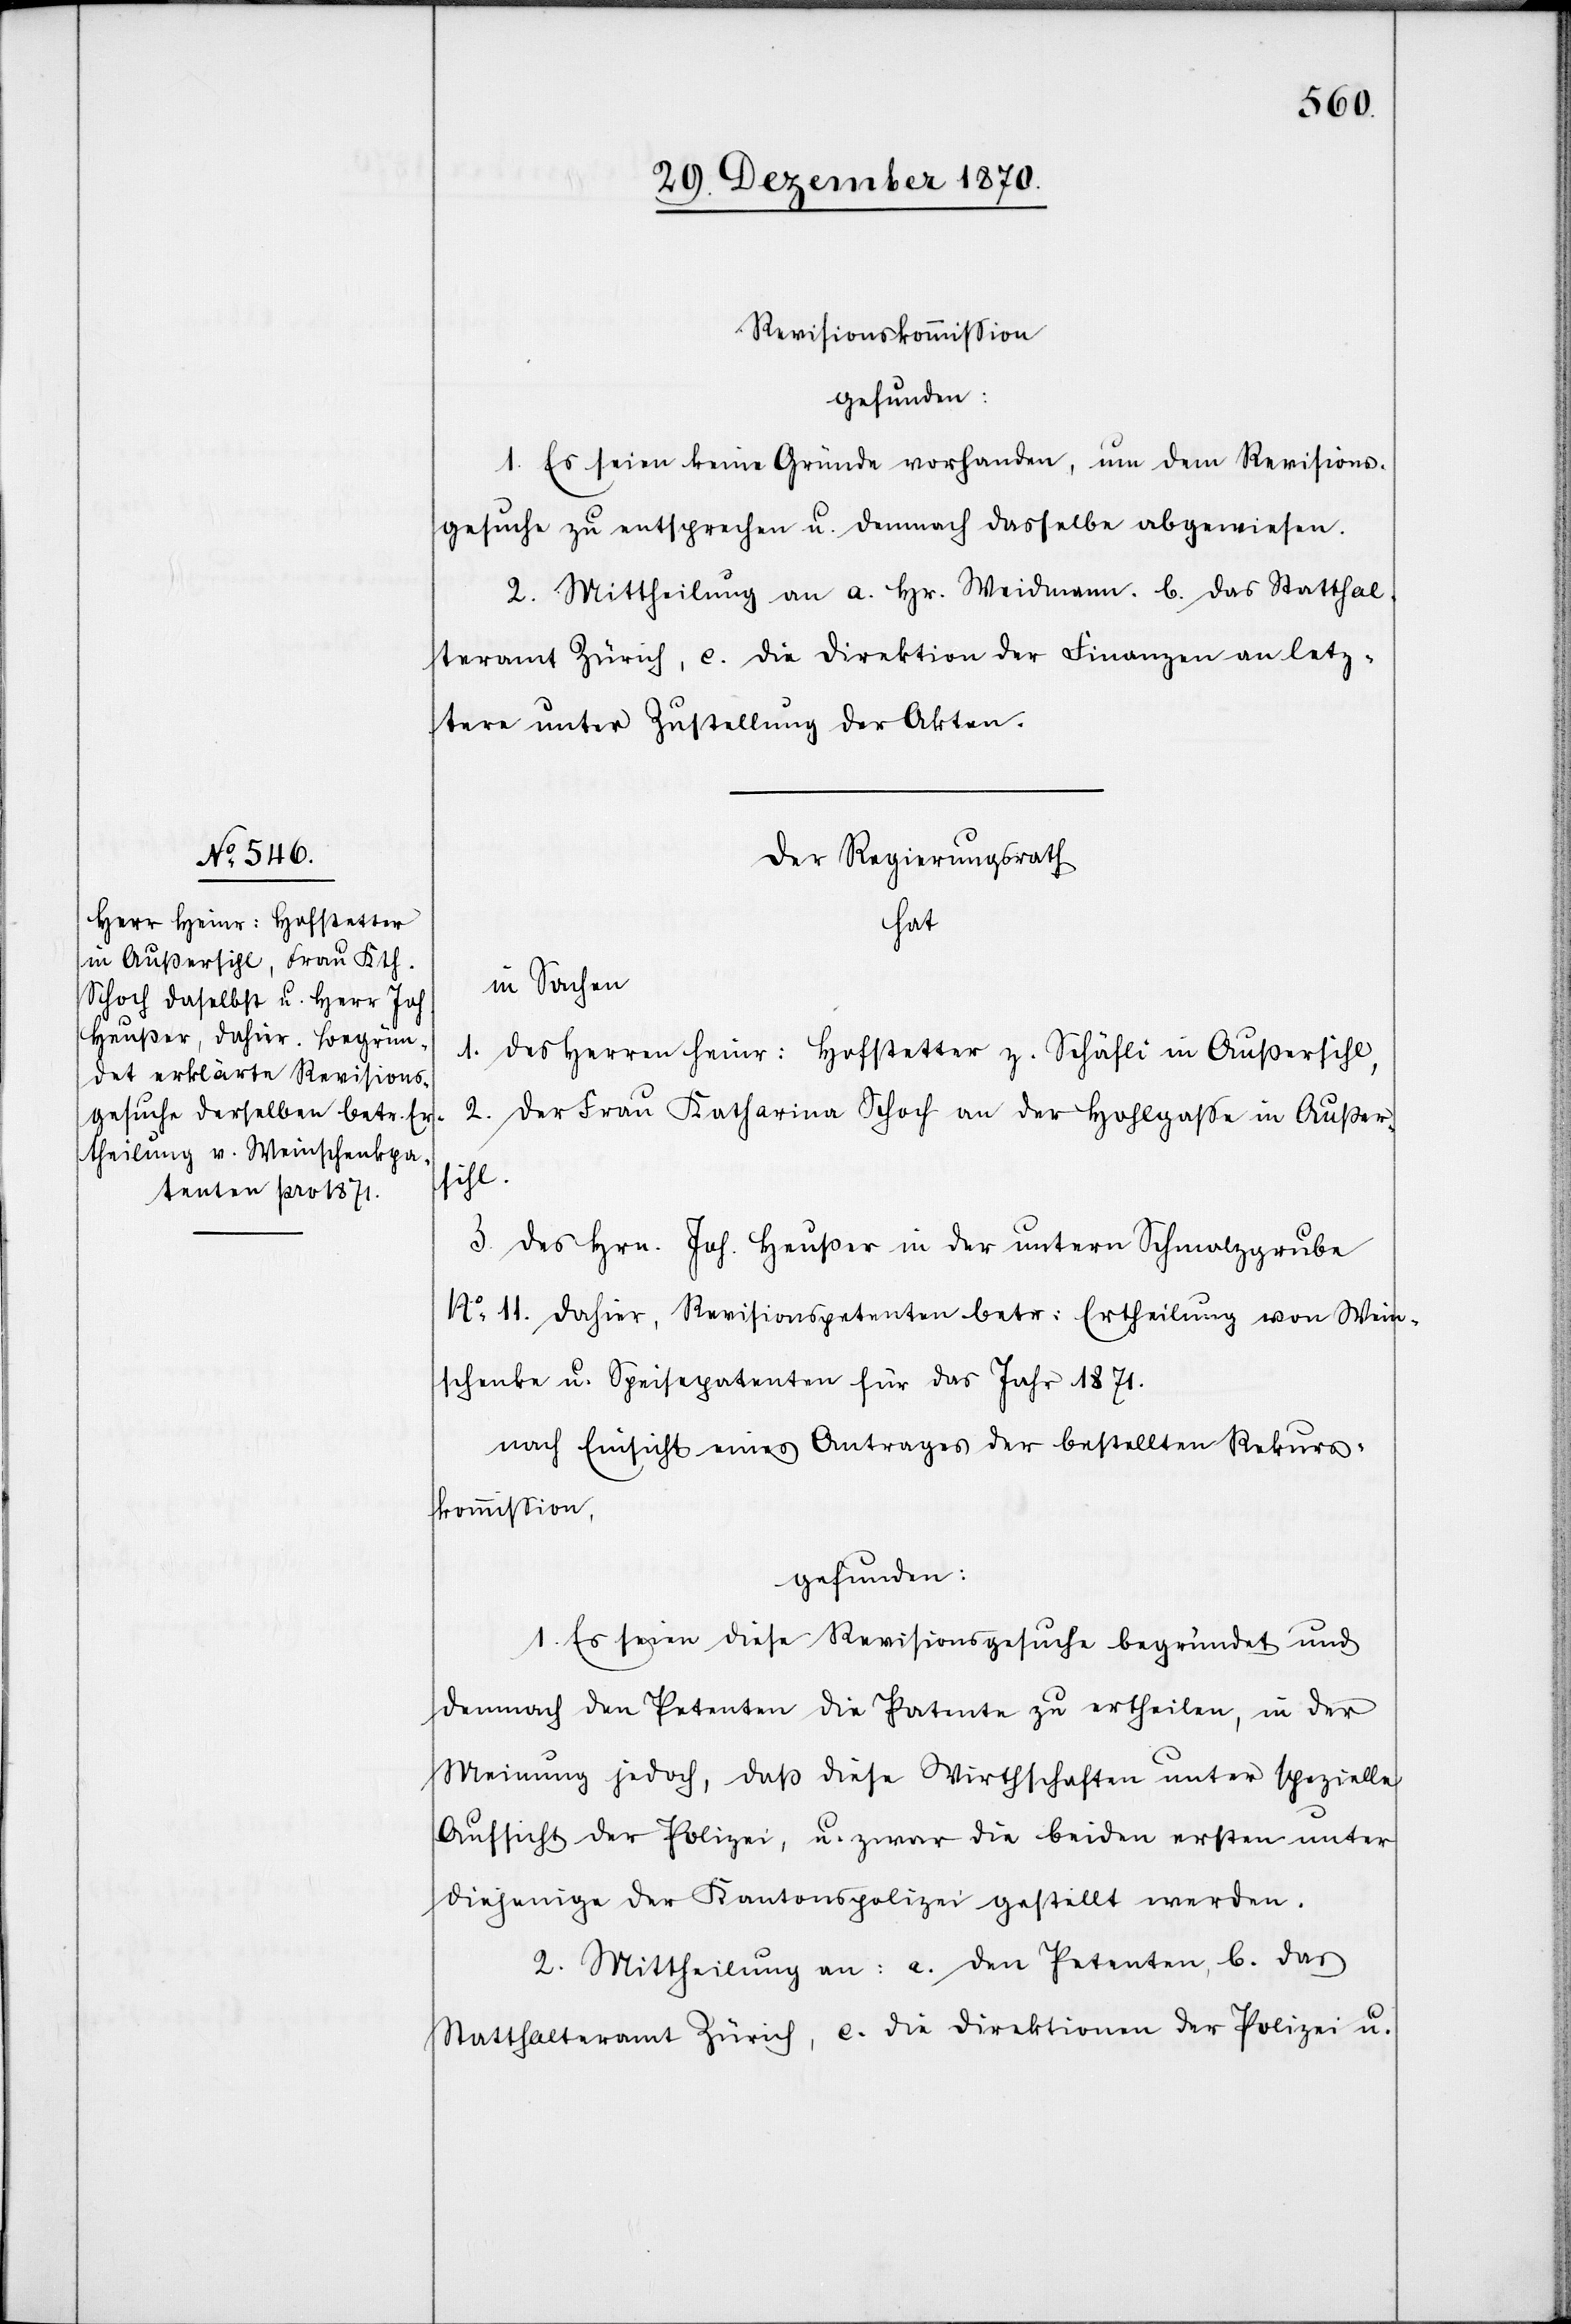
Revisionskommißion
1. Es seien keine Gründe vorhanden, um dem Revisions¬
gesuche zu entsprechen u. demnach dasselbe abgewiesen.
2. Mittheilung an a. Hr. Weidmann. b. das Statthal¬
teramt Zürich, c. die Direktion der Finanzen an letz¬
tere unter Zustellung der Akten.
Der Regierungsrath
hat
in Sachen
1. des Herren Heinr: Hofstetter z. Schäfli in Außersihl,
2. der Frau Katharina Schoch an der Hohlgaße in Außer¬
sihl.
3. des Hrn. Joh. Heußer in der untern Schmalzgrube
No 11. dahier, Revisionspetenten betr: Ertheilung von Wein¬
schenke[-] Speisepatenten für das Jahr 1871.
nach Einsicht eines Antrages der bestellten Rekurs¬
kommißion,
gefunden:
1. Es seien diese Revisionsgesuche begründet und
demnach den Petenten die Patente zu ertheilen, in der
Meinung jedoch, daß diese Wirthschaften unter spezielle
Aufsicht der Polizei, u. zwar die beiden ersten unter
diejenige der Kantonspolizei gestellt werden.
2. Mittheilung an: a. den Petenten, b. das
Statthalteramt Zürich, c. die Direktionen der Polizei u.